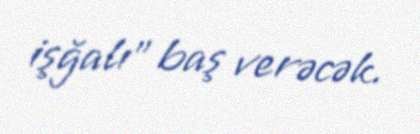
işğalı” baş verəcək.